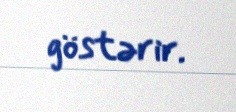
göstərir.